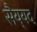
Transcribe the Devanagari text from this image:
सैय्‌यद